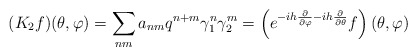
\begin{align*}(K_{2}f)(\theta,\varphi)= \sum_{nm}a_{nm}q^{n+m}\gamma_{1}^{n}\gamma_{2}^{m}=\left(e^{-ih\frac{\partial}{\partial\varphi}-ih\frac{\partial}{\partial\theta}}f\right)(\theta,\varphi) \end{align*}